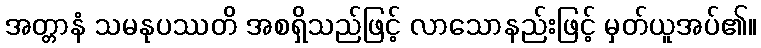
အတ္တာနံ သမနုပဿတိ အစရှိသည်ဖြင့် လာသောနည်းဖြင့် မှတ်ယူအပ်၏။